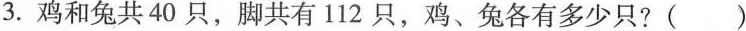
3. 鸡和兔共40只，脚共有112只，鸡、兔各有多少只?( )